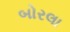
બોરલા